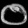
Digit: ၀